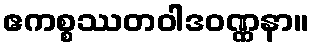
ဧကစ္စဿတဝါဒဝဏ္ဏနာ။